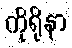
ကိုရိုနာ